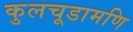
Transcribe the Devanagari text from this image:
कुलचूडामणि